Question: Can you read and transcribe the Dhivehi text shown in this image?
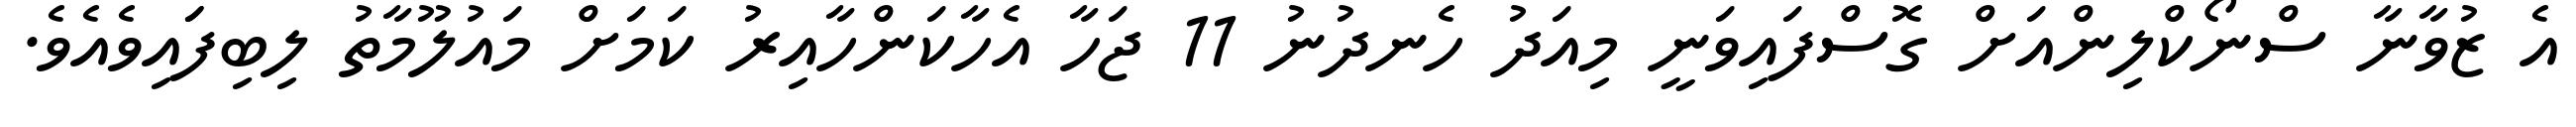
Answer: އެ ޒުވާނާ ސްނޯކްލިންއަށް ގޮސްފައިވަނީ މިއަދު ހެނދުނު 11 ޖަހާ އެހާކަންހާއިރު ކަމަށް މައުލޫމާތު ލިބިފަައިވެއެވެ.